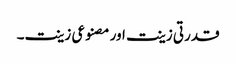
قدرتی زینت اور مصنوعی زینت۔